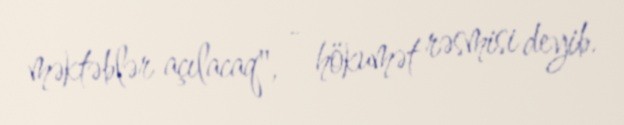
məktəblər açılacaq", - hökumət rəsmisi deyib.